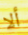
ألا